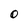
Character: 0